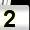
Digit: 2